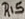
Text: R15